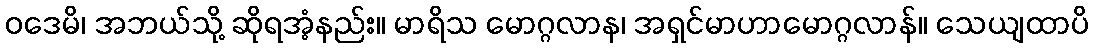
ဝဒေမိ၊ အဘယ်သို့ ဆိုရအံ့နည်း။ မာရိသ မောဂ္ဂလာန၊ အရှင်မာဟာမောဂ္ဂလာန်။ သေယျထာပိ